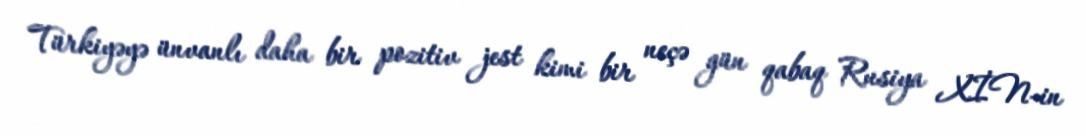
Türkiyəyə ünvanlı daha bir pozitiv jest kimi bir neçə gün qabaq Rusiya XİN-in